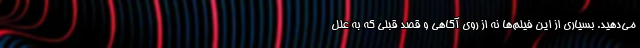
مي‌دهيد. بسياري از اين فيلم‌‌ها نه از روي آگاهي و قصد قبلي كه به علل